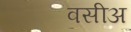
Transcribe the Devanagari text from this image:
वसीअ